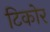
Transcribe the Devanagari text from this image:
टिकोर